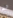
له